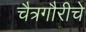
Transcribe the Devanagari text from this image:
चैत्रगौरीचे